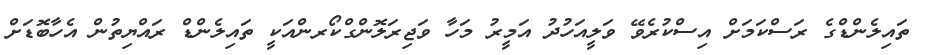
ތައިލެންޑްގެ ރަސްކަމަށް އިސްކުރެވޭ ވަލީއަހުދު އަމީރު މަހާ ވަޖިރަލޮންގްކޯރންއަކީ ތައިލެންޑް ރައްޔިތުން އެހާބޮޑަށް